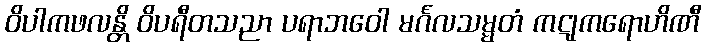
ဝိပါကဖလန္တိ ဝိပရီတသညာ ပရာဘဝေါ မင်္ဂလသမ္မတံ ကဋုကရောဟိဏီ